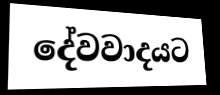
දේවවාදයට